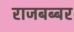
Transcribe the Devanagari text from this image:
राजबब्बर